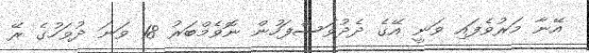
އޭނާ މަރުވެފައި ވަނީ އޭގެ ދެދުވަސްފަހުން ނޮވެމްބަރު 18 ވަނަ ދުވަހުގެ ރޭ